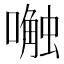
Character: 𱔿